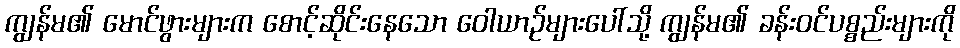
ကျွန်မ၏ မောင်ဖွားများက စောင့်ဆိုင်းနေသော ဝေါယာဉ်များပေါ်သို့ ကျွန်မ၏ ခန်းဝင်ပစ္စည်းများကို